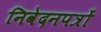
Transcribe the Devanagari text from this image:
निवेदनपत्रों